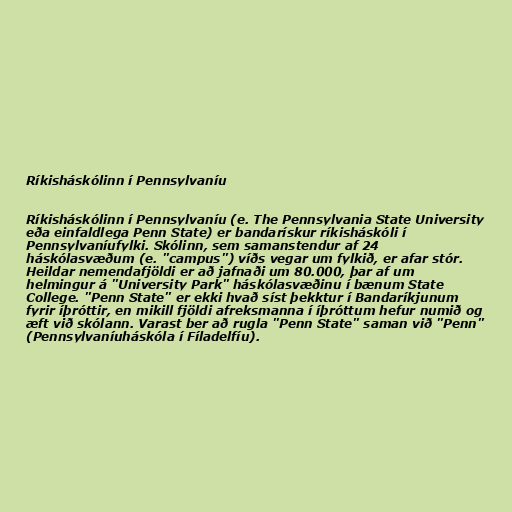
Ríkisháskólinn í Pennsylvaníu

Ríkisháskólinn í Pennsylvaníu (e. The Pennsylvania State University
eða einfaldlega Penn State) er bandarískur ríkisháskóli í
Pennsylvaníufylki. Skólinn, sem samanstendur af 24
háskólasvæðum (e. "campus") víðs vegar um fylkið, er afar stór.
Heildar nemendafjöldi er að jafnaði um 80.000, þar af um
helmingur á "University Park" háskólasvæðinu í bænum State
College. "Penn State" er ekki hvað síst þekktur í Bandaríkjunum
fyrir íþróttir, en mikill fjöldi afreksmanna í íþróttum hefur numið og
æft við skólann. Varast ber að rugla "Penn State" saman við "Penn"
(Pennsylvaníuháskóla í Fíladelfíu).